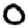
Digit: 0